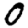
Digit: 0